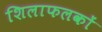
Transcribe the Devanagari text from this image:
शिलाफलकों